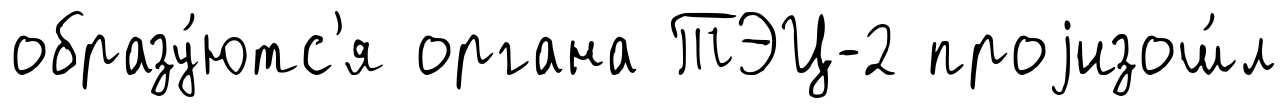
образу́ютс'я органа ТЭЦ-2 проjизош́л